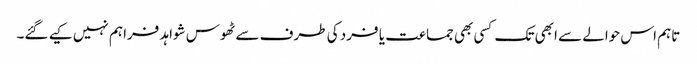
تاہم اس حوالے سے ابھی تک کسی بھی جماعت یا فرد کی طرف سے ٹھوس شواہد فراہم نہیں کیے گئے۔